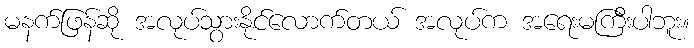
မနက်ဖြန်ဆို အလုပ်သွားနိုင်လောက်တယ် အလုပ်က အရေးမကြီးပါဘူး။